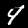
Label: 4